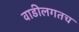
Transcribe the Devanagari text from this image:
वाडीलगतच